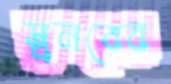
স্বনরের